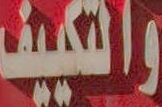
والتكييف